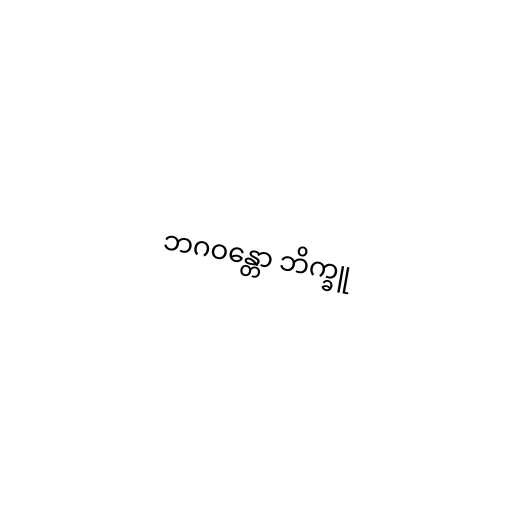
ဘဂဝန္တော ဘိက္ခူ